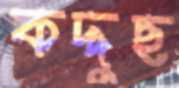
কদ্দুছ